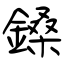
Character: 鎟